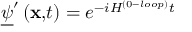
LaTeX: \underline { { { \psi } } } ^ { \prime } \left( \mathbf { x , } t \right) = e ^ { - i H ^ { ( 0 - l o o p ) } t }